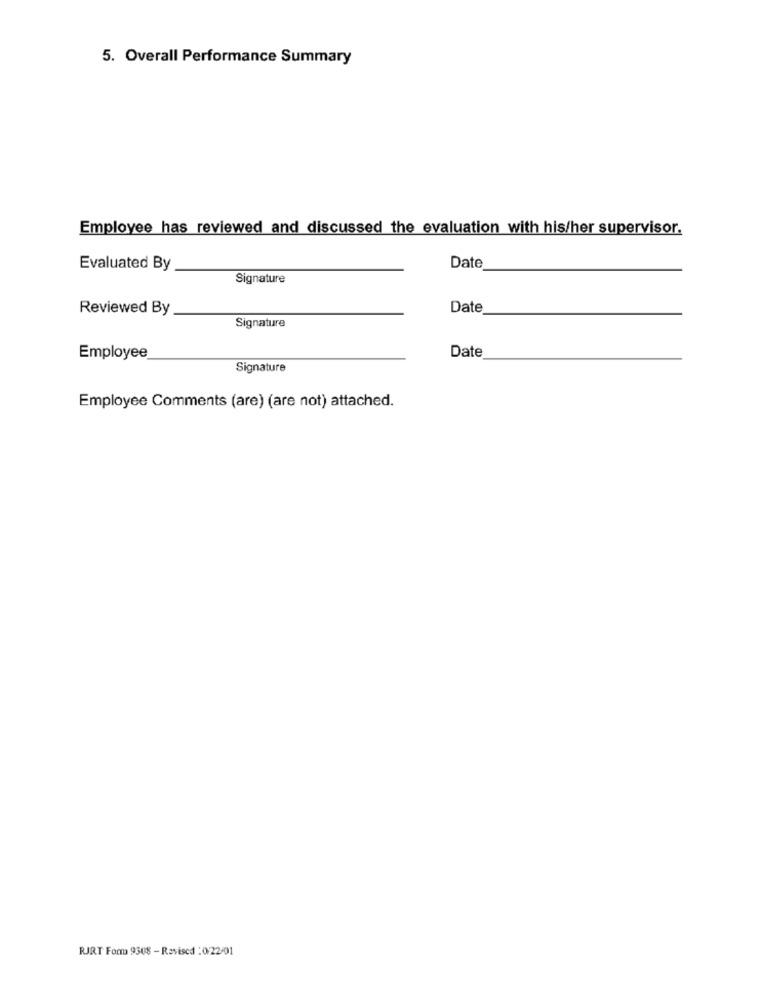
5. Overall Performance Summary
Employee has reviewed and discussed the evaluation with his/her supervisor.
Evaluated By
Date
Signature
Reviewed By
Date
Signature
Employee
Date
Signature
Employee Comments (are) (are not) attached.
RJRT Form 9308 - Revised : 0/22-01